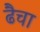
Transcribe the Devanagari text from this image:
ढैचा